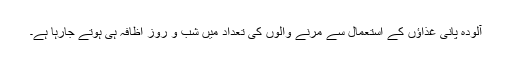
آلودہ پانی غذاؤں کے استعمال سے مرنے والوں کی تعداد میں شب و روز اظافہ ہی ہوتے جارہا ہے۔